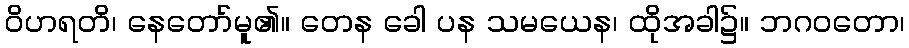
ဝိဟရတိ၊ နေတော်မူ၏။ တေန ခေါ ပန သမယေန၊ ထိုအခါ၌။ ဘဂဝတော၊